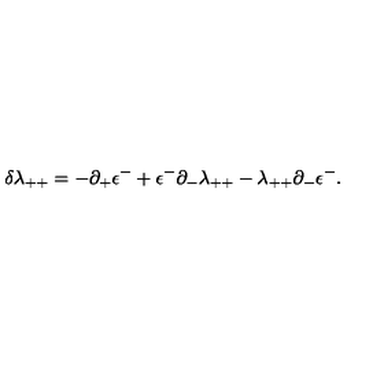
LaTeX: \delta \lambda _ { + + } = - \partial _ { + } \epsilon ^ { - } + \epsilon ^ { - } \partial _ { - } \lambda _ { + + } - \lambda _ { + + } \partial _ { - } \epsilon ^ { - } .